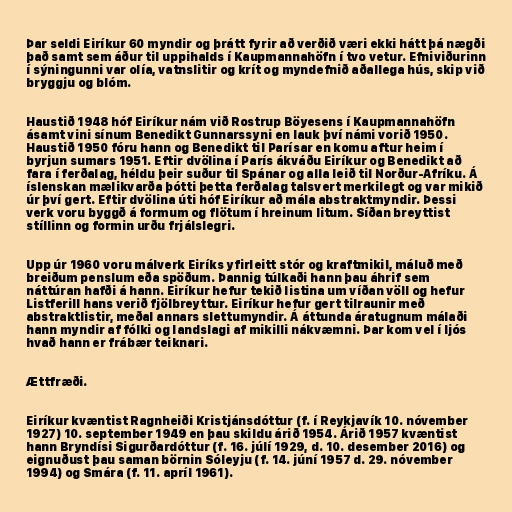
Þar seldi Eiríkur 60 myndir og þrátt fyrir að verðið væri ekki hátt þá nægði
það samt sem áður til uppihalds í Kaupmannahöfn í tvo vetur. Efniviðurinn
í sýningunni var olía, vatnslitir og krít og myndefnið aðallega hús, skip við
bryggju og blóm.

Haustið 1948 hóf Eiríkur nám við Rostrup Böyesens í Kaupmannahöfn
ásamt vini sínum Benedikt Gunnarssyni en lauk því námi vorið 1950.
Haustið 1950 fóru hann og Benedikt til Parísar en komu aftur heim í
byrjun sumars 1951. Eftir dvölina í París ákváðu Eiríkur og Benedikt að
fara í ferðalag, héldu þeir suður til Spánar og alla leið til Norður-Afríku. Á
íslenskan mælikvarða þótti þetta ferðalag talsvert merkilegt og var mikið
úr því gert. Eftir dvölina úti hóf Eiríkur að mála abstraktmyndir. Þessi
verk voru byggð á formum og flötum í hreinum litum. Síðan breyttist
stíllinn og formin urðu frjálslegri.

Upp úr 1960 voru málverk Eiríks yfirleitt stór og kraftmikil, máluð með
breiðum penslum eða spöðum. Þannig túlkaði hann þau áhrif sem
náttúran hafði á hann. Eiríkur hefur tekið listina um víðan völl og hefur
Listferill hans verið fjölbreyttur. Eiríkur hefur gert tilraunir með
abstraktlistir, meðal annars slettumyndir. Á áttunda áratugnum málaði
hann myndir af fólki og landslagi af mikilli nákvæmni. Þar kom vel í ljós
hvað hann er frábær teiknari.

Ættfræði.

Eiríkur kvæntist Ragnheiði Kristjánsdóttur (f. í Reykjavík 10. nóvember
1927) 10. september 1949 en þau skildu árið 1954. Árið 1957 kvæntist
hann Bryndísi Sigurðardóttur (f. 16. júlí 1929, d. 10. desember 2016) og
eignuðust þau saman börnin Sóleyju (f. 14. júní 1957 d. 29. nóvember
1994) og Smára (f. 11. apríl 1961).